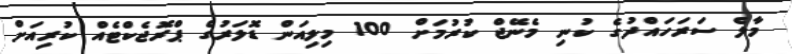
މާލެ ސަރަހައްދުގެ ކުނި މެނޭޖް ކުރުމަށް 100 މިލިއަން ޑޮލަރުގެ ޕްރޮޖެކްޓެއް ކުރިއަށް